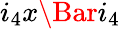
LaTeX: i_{4}x\Bar{i_{4}}